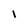
Character: 1